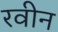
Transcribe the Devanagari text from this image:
रवीन